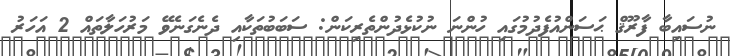
ނުސައިބާ ފާރޫޤް ޙަސަންއުފެދުމުގައި ހުންނަ ނުކުޅެދުންތެރިކަން: ސަބަބުތަކާއި ދެނެގަނެވޭ މަރުހަލާތައް 2 އަހަރު